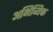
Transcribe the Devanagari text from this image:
अभिव्यिक्त